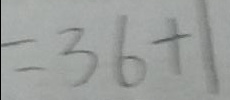
= 3 6 + 1